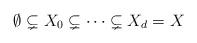
LaTeX: \begin{align*}\emptyset \subsetneq X_0 \subsetneq \cdots \subsetneq X_d = X\end{align*}